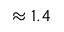
\approx 1 . 4